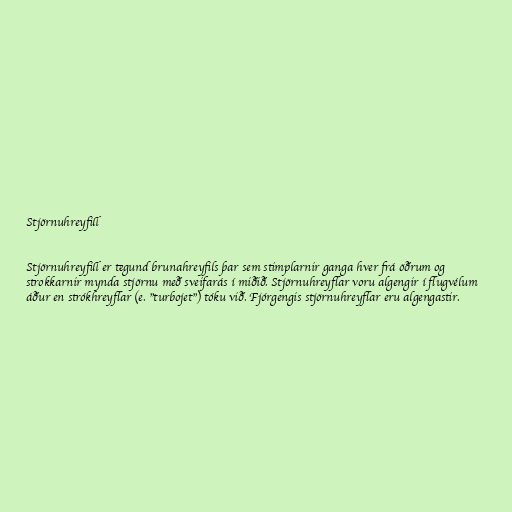
Stjörnuhreyfill

Stjörnuhreyfill er tegund brunahreyfils þar sem stimplarnir ganga hver frá öðrum og
strokkarnir mynda stjörnu með sveifarás í miðið. Stjörnuhreyflar voru algengir í flugvélum
áður en strókhreyflar (e. "turbojet") tóku við. Fjórgengis stjörnuhreyflar eru algengastir.